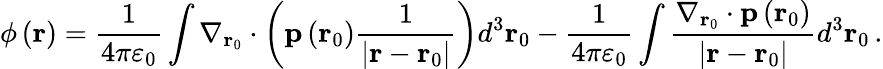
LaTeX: \phi\left(\mathbf{r}\right)={\frac{1}{4\pi\varepsilon_{0}}}\int\nabla_{\mathbf{r}_{0}}\cdot\left(\mathbf{p}\left(\mathbf{r}_{0}\right){\frac{1}{\left|\mathbf{r}-\mathbf{r}_{0}\right|}}\right)d^{3}\mathbf{r}_{0}-{\frac{1}{4\pi\varepsilon_{0}}}\int{\frac{\nabla_{\mathbf{r}_{0}}\cdot\mathbf{p}\left(\mathbf{r}_{0}\right)}{\left|\mathbf{r}-\mathbf{r}_{0}\right|}}d^{3}\mathbf{r}_{0}\, .